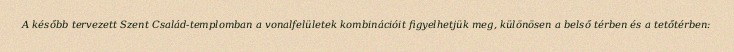
A később tervezett Szent Család-templomban a vonalfelületek kombinációit figyelhetjük meg, különösen a belső térben és a tetőtérben: